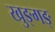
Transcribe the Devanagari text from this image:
खुङ्गङ्